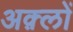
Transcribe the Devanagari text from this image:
अक़्लों